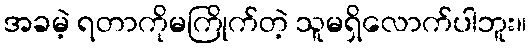
အခမဲ့ ရတာကိုမကြိုက်တဲ့ သူမရှိလောက်ပါဘူး။